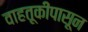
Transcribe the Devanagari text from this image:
वाहतूकींपासून